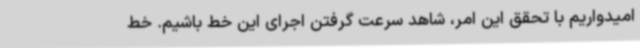
امیدواریم با تحقق این امر، شاهد سرعت گرفتن اجرای این خط باشیم. خط